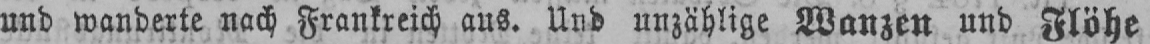
und wanderte nach Frankreich aus. Und unzählige Wanzen und Flöhe